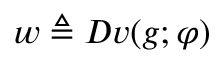
w \triangleq D v ( g ; \varphi )